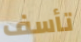
تأسف